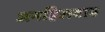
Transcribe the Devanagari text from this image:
अनहिलवाड